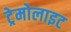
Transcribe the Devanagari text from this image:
ट्रेमोलाइट